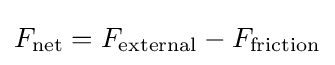
F_{\text{net}}=F_{\text{external}}-F_{\text{friction}}